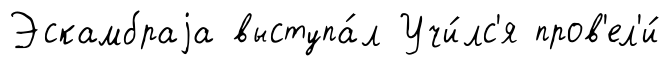
Эскамбраjа выступа́л Учи́лс'я пров'ел'и́